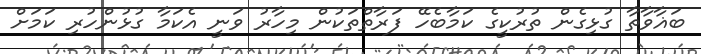
ބަޣާވާތާ ގުޅިގެން ތުރުކީގެ ކަމާބެހޭ ފަރާތްތަކުން މިހާރު ވަނީ އެކަމާ ގުޅުންހުރި ކަމަށް